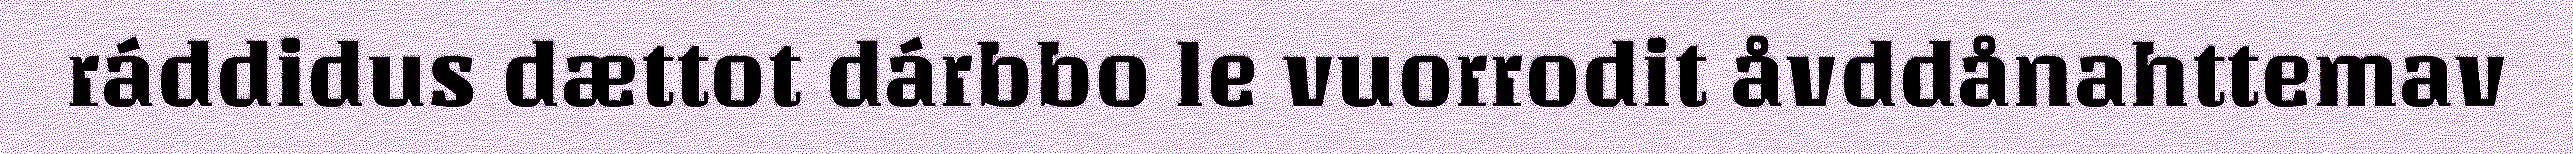
ráddidus dættot dárbbo le vuorrodit åvddånahttemav